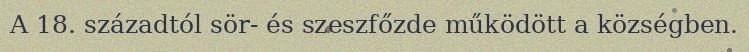
A 18. századtól sör- és szeszfőzde működött a községben.